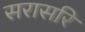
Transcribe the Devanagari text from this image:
सरासरि